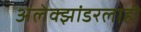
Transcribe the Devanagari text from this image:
अलेक्झांडरलाही